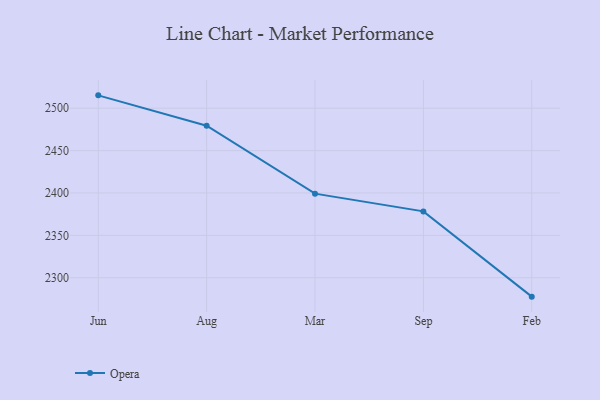
{"axis": {"x": "Month", "y": "Bounce Rate (%)"}, "legend": ["Opera"], "data": [{"x": "Jun", "y": 2515.2, "type": "Opera"}, {"x": "Aug", "y": 2479.4, "type": "Opera"}, {"x": "Mar", "y": 2399.2, "type": "Opera"}, {"x": "Sep", "y": 2378.3, "type": "Opera"}, {"x": "Feb", "y": 2277.7, "type": "Opera"}]}